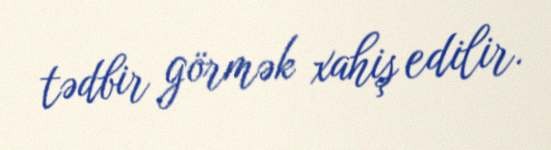
tədbir görmək xahiş edilir.